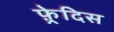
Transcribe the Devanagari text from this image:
फ़्रेदिस